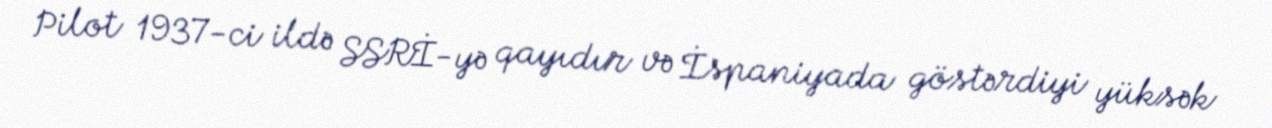
Pilot 1937-ci ildə SSRİ-yə qayıdır və İspaniyada göstərdiyi yüksək